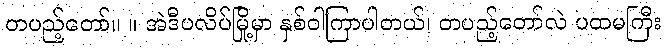
တပည့်တော်။ ။ အဲဒီပလိပ်မြို့မှာ နှစ်ဝါကြာပါတယ်၊ တပည့်တော်လဲ ပထမကြီး